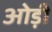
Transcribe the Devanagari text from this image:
ओड़ी